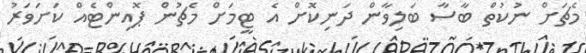
މެޗަށް ނުކުތް ބާސާ ބަލިވާން ދަނިކޮށް އެ ޓީމަށް މެޗުން ޕޮއިންޓެއް ކަށަވަރު